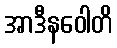
အာဒီနဝေါတိ